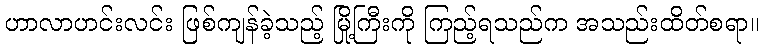
ဟာလာဟင်းလင်း ဖြစ်ကျန်ခဲ့သည့် မြို့ကြီးကို ကြည့်ရသည်က အသည်းထိတ်စရာ။